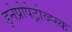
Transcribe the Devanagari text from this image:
ड्नेप्रोपेट्रोव्ह्स्क